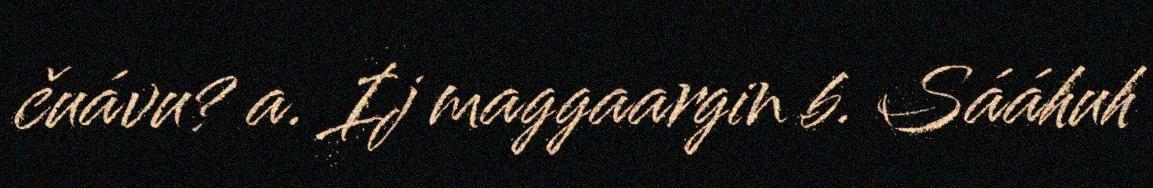
čuávu? a. Ij maggaargin b. Sááhuh